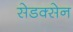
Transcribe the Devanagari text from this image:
सेडक्सेन